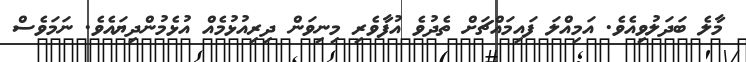
މާލެ ބަދަލުވިއެވެ. އަމިއްލަ ފައިމައްޗަށް ތެދުވެ އުފާވެރި މިނިވަން ދިރިއުޅުމެއް އުޅެމުންދިޔައެވެ. ނަމަވެސް